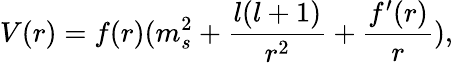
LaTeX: V(r)=f(r)(m_{s}^{2}+\frac{l(l+1)}{r^{2}}+\frac{f^{\prime}(r)}{r}),